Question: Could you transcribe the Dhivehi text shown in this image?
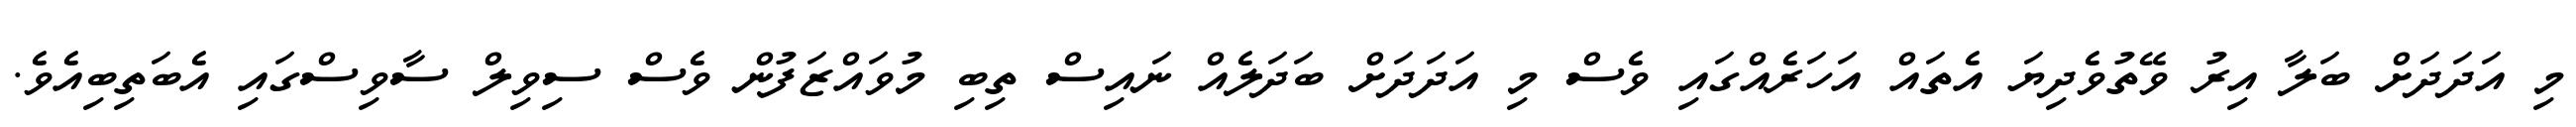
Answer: މި އަދަދަށް ބަލާ އިރު ވޭތުވެދިޔަ އެތައް އަހަރެއްގައި ވެސް މި އަދަދަށް ބަދަލެއް ނައިސް ތިބި މުވައްޒަފުން ވެސް ސިވިލް ސާވިސްގައި އެބަތިބިއެވެ.